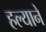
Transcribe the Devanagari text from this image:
हल्याने